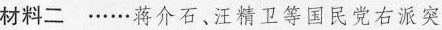
材料二……蒋介石，汪精卫等国民党右派突